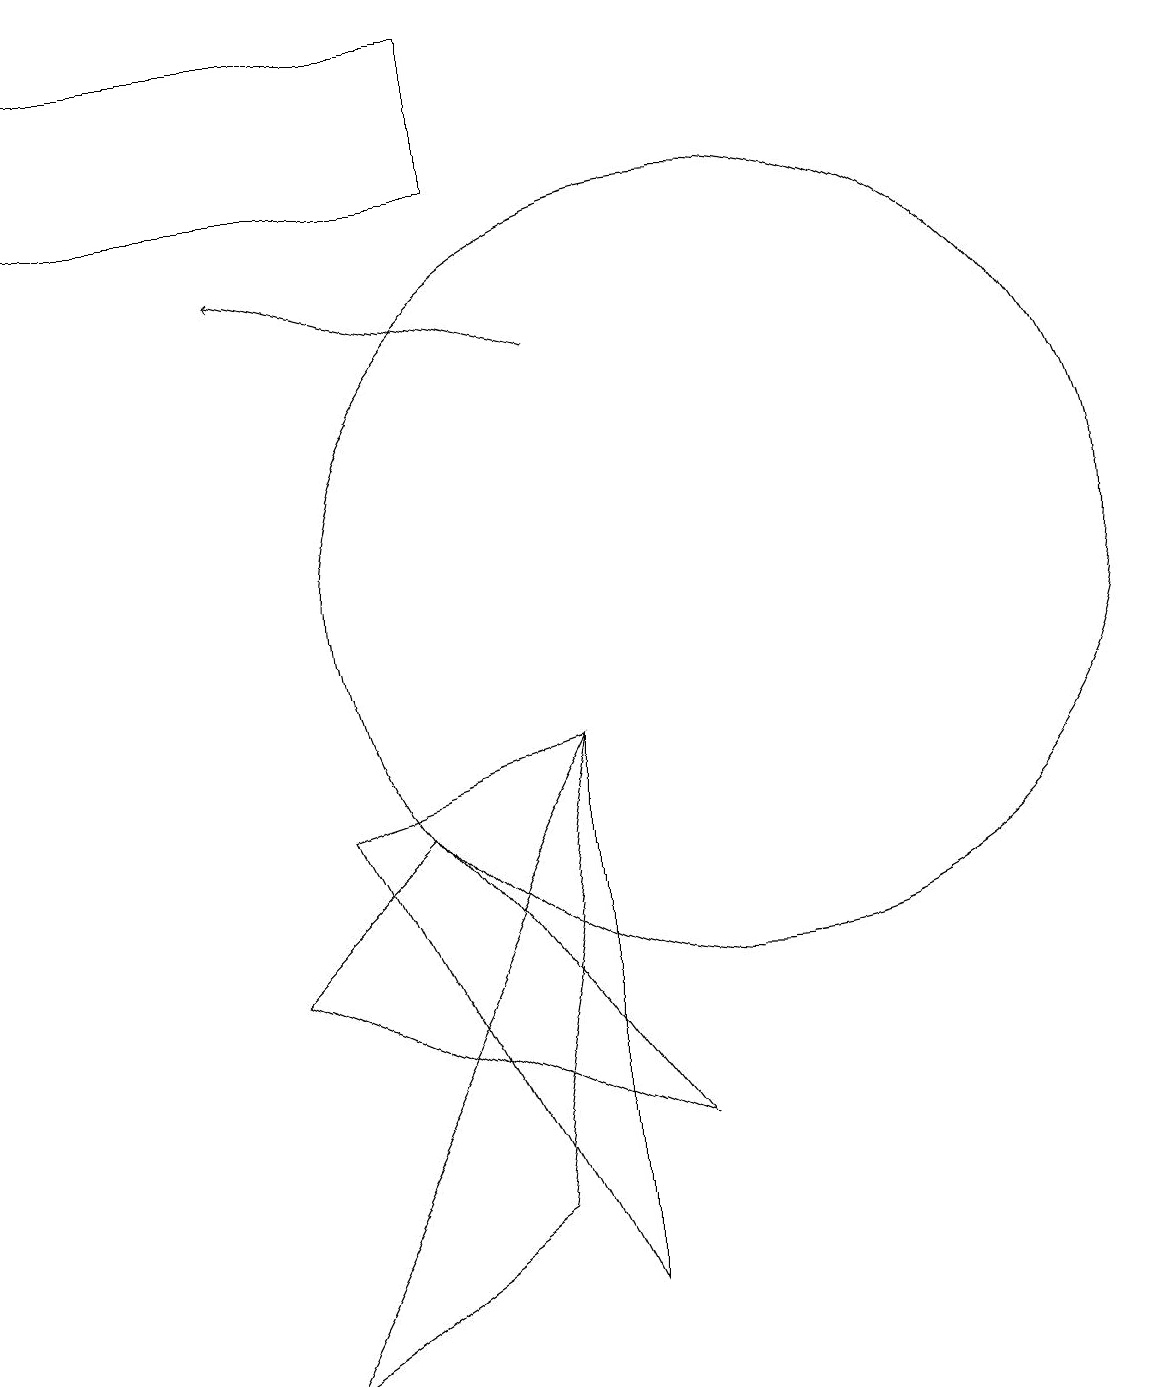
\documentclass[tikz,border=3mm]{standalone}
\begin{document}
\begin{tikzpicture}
\draw (7,16) rectangle (1,18);
\draw (4,1) -- (7,3) -- (8,9) -- cycle;
\draw (8,2) -- (8,9) -- (5,8) -- cycle;
\draw (11,12) circle (0);
\draw (10,11) circle (5);
\draw[->] (8,14) -- (4,15);
\draw (9,4) -- (6,8) -- (4,6) -- cycle;
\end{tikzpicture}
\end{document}